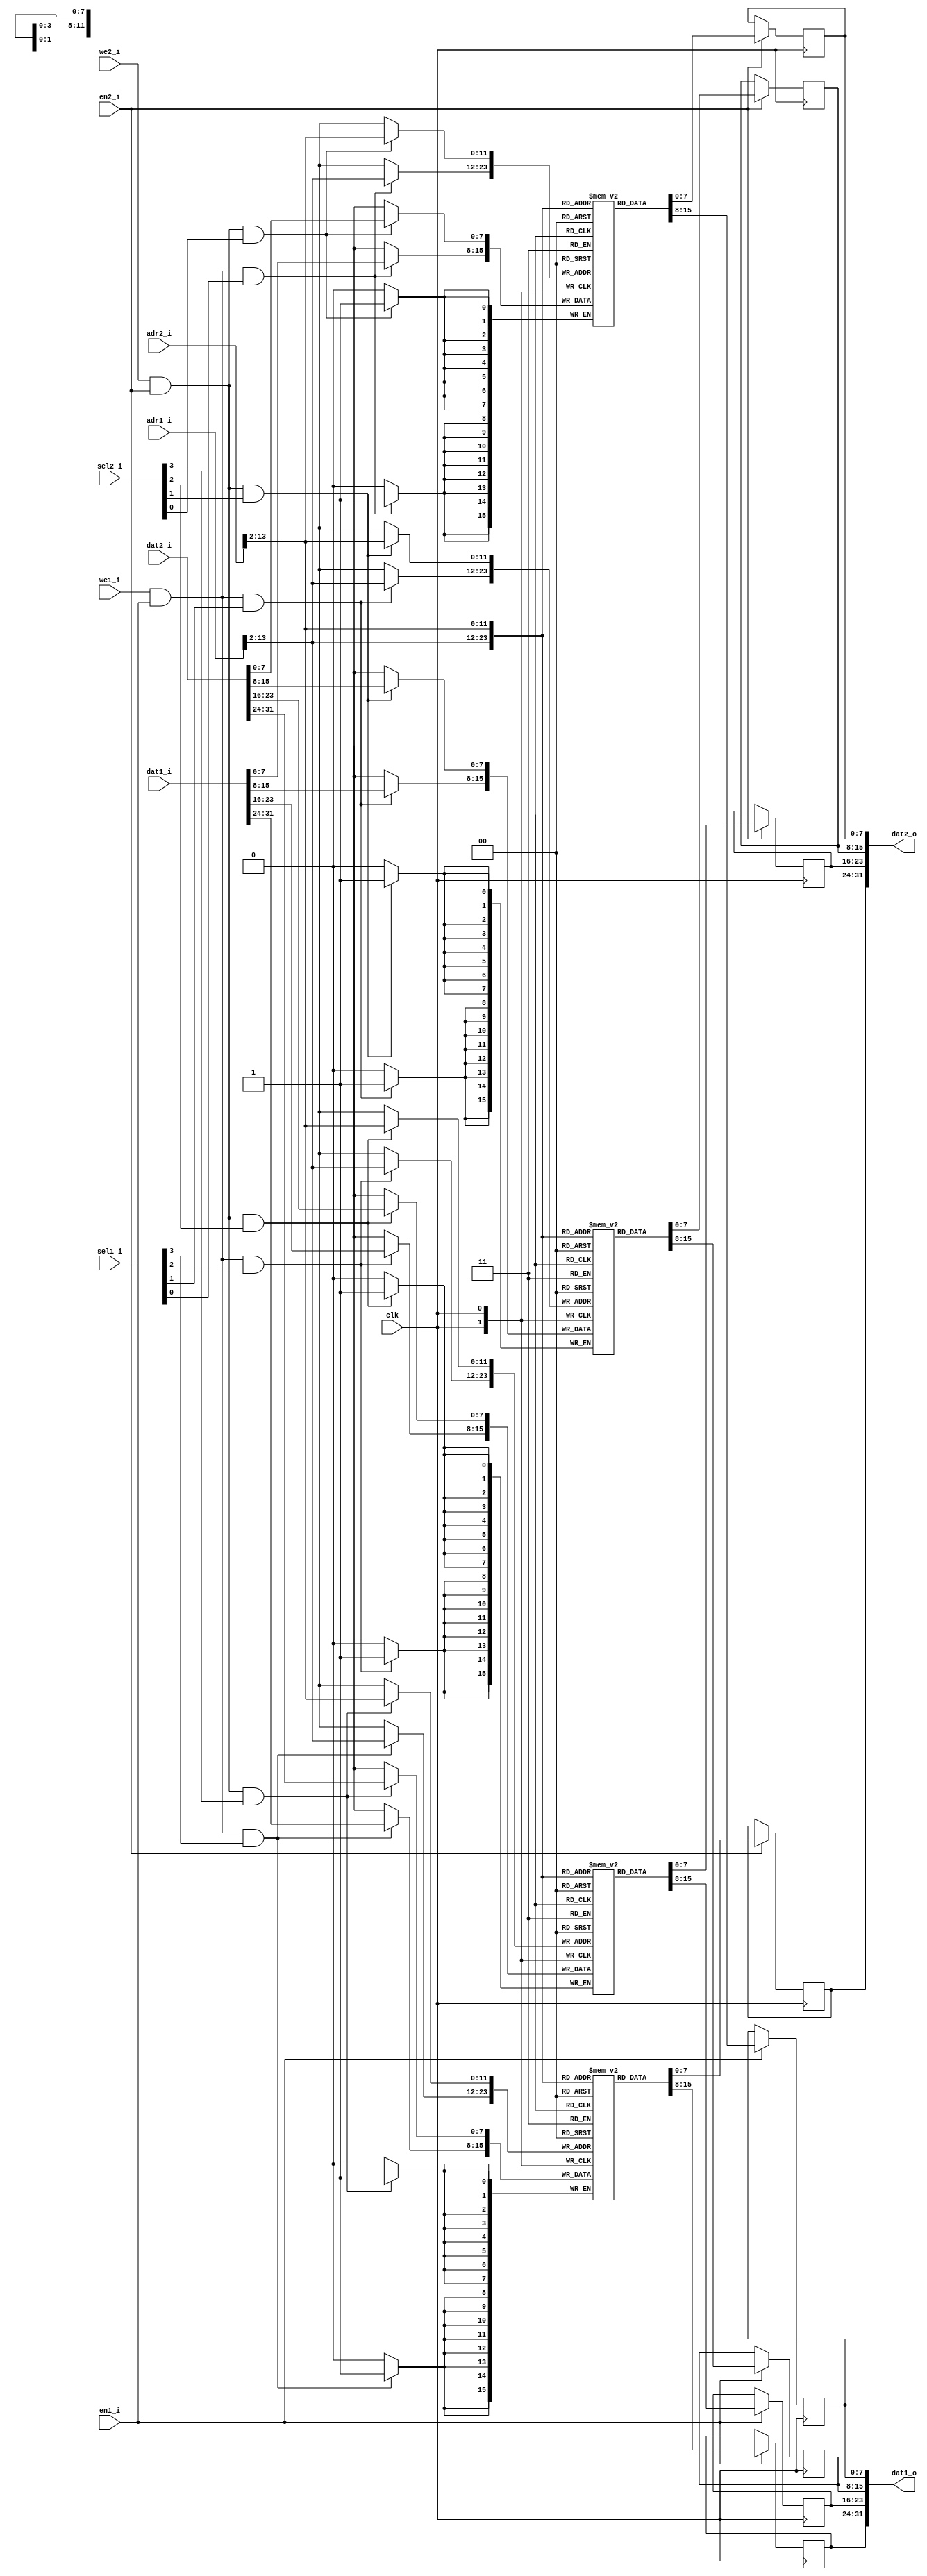
module dpram32 #(parameter AWIDTH=15, 
		 parameter RAM_SIZE=16384)
  (input clk,
   
   input [AWIDTH-1:0] adr1_i,
   input [31:0] dat1_i,
   output reg [31:0] dat1_o,
   input we1_i,
   input en1_i,
   input [3:0] sel1_i,

   input [AWIDTH-1:0] adr2_i,
   input [31:0] dat2_i,
   output reg [31:0] dat2_o,
   input we2_i,
   input en2_i,
   input [3:0] sel2_i );
   
   reg [7:0]   ram0 [0:(RAM_SIZE/4)-1];
   reg [7:0]   ram1 [0:(RAM_SIZE/4)-1];
   reg [7:0]   ram2 [0:(RAM_SIZE/4)-1];
   reg [7:0]   ram3 [0:(RAM_SIZE/4)-1];

   //  This is how we used to size the RAM -->  
   //      reg [7:0]   ram3 [0:(1<<(AWIDTH-2))-1];
   
   // Port 1
   always @(posedge clk)
     if(en1_i) dat1_o[31:24] <= ram3[adr1_i[AWIDTH-1:2]];
   always @(posedge clk)
     if(en1_i) dat1_o[23:16] <= ram2[adr1_i[AWIDTH-1:2]];
   always @(posedge clk)
     if(en1_i) dat1_o[15:8] <= ram1[adr1_i[AWIDTH-1:2]];
   always @(posedge clk)
     if(en1_i) dat1_o[7:0] <= ram0[adr1_i[AWIDTH-1:2]];
   
   always @(posedge clk)
     if(we1_i & en1_i & sel1_i[3])
       ram3[adr1_i[AWIDTH-1:2]] <= dat1_i[31:24];
   always @(posedge clk)
     if(we1_i & en1_i & sel1_i[2])
       ram2[adr1_i[AWIDTH-1:2]] <= dat1_i[23:16];
   always @(posedge clk)
     if(we1_i & en1_i & sel1_i[1])
       ram1[adr1_i[AWIDTH-1:2]] <= dat1_i[15:8];
   always @(posedge clk)
     if(we1_i & en1_i & sel1_i[0])
       ram0[adr1_i[AWIDTH-1:2]] <= dat1_i[7:0];
   
   // Port 2
   always @(posedge clk)
     if(en2_i) dat2_o[31:24] <= ram3[adr2_i[AWIDTH-1:2]];
   always @(posedge clk)
     if(en2_i) dat2_o[23:16] <= ram2[adr2_i[AWIDTH-1:2]];
   always @(posedge clk)
     if(en2_i) dat2_o[15:8] <= ram1[adr2_i[AWIDTH-1:2]];
   always @(posedge clk)
     if(en2_i) dat2_o[7:0] <= ram0[adr2_i[AWIDTH-1:2]];
   
   always @(posedge clk)
     if(we2_i & en2_i & sel2_i[3])
       ram3[adr2_i[AWIDTH-1:2]] <= dat2_i[31:24];
   always @(posedge clk)
     if(we2_i & en2_i & sel2_i[2])
       ram2[adr2_i[AWIDTH-1:2]] <= dat2_i[23:16];
   always @(posedge clk)
     if(we2_i & en2_i & sel2_i[1])
       ram1[adr2_i[AWIDTH-1:2]] <= dat2_i[15:8];
   always @(posedge clk)
     if(we2_i & en2_i & sel2_i[0])
       ram0[adr2_i[AWIDTH-1:2]] <= dat2_i[7:0];
   
endmodule